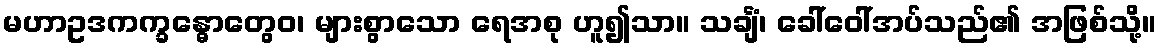
မဟာဥဒကက္ခန္ဓောတွေဝ၊ များစွာသော ရေအစု ဟူ၍သာ။ သင်္ချံ၊ ခေါ်ဝေါ်အပ်သည်၏ အဖြစ်သို့။